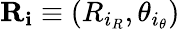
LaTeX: \mathbf{R}_{\mathbf{i}}\equiv(R_{i_{R}},\theta_{i_{\theta}})